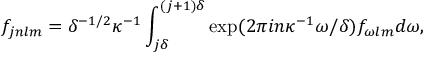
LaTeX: f _ { j n l m } = \delta ^ { - 1 / 2 } \kappa ^ { - 1 } \int _ { j \delta } ^ { ( j + 1 ) \delta } \exp ( 2 \pi i n \kappa ^ { - 1 } \omega / \delta ) f _ { \omega l m } d \omega ,